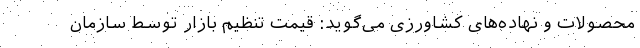
محصولات و نهاده‌های کشاورزی می‌گوید: قیمت تنظیم بازار توسط سازمان